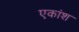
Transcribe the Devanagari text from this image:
एकांश